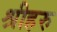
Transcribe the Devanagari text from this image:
श्रीहरु